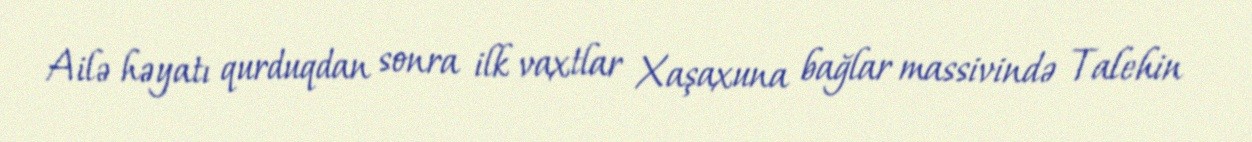
Ailə həyatı qurduqdan sonra ilk vaxtlar Xaşaxuna bağlar massivində Talehin